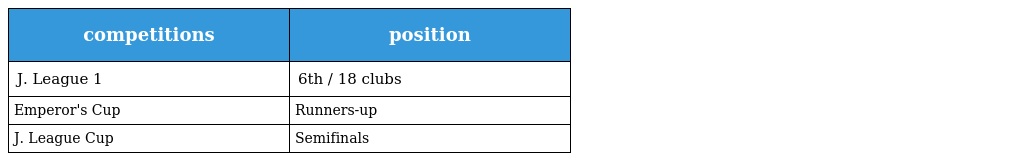
| competitions | position |
 | --- | --- |
 | J. League 1 | 6th / 18 clubs |
 | Emperor's Cup | Runners-up |
 | J. League Cup | Semifinals |